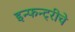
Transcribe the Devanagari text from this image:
इन्फन्ट्रीचे